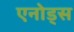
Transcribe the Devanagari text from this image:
एनोड्स